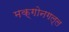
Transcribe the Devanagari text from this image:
मक्गोनगल्ल